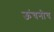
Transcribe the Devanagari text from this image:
ऊंचनीच